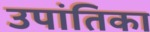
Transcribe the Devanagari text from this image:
उपांतिका